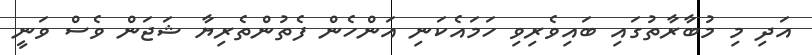
އަދި މި މުބާރާތުގައި ބައިވެރިވި ހަމައެކަނި އަންހެން ފެތުންތެރިޔާ ޝަޖަން ވެސް ވަނީ